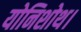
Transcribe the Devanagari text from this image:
योनिशोथ।